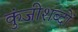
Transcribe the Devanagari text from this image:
कुंजीशब्दों